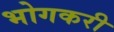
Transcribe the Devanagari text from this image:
भोगकरी